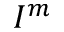
I ^ { m }